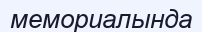
мемориалында